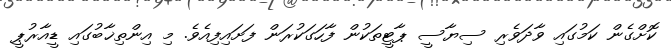
ކޮށްގެން ކަމުގައި ވާދަވެރި ސިޔާސީ ޕާޓީތަކުން ފާހަގަކުރަން ފަށައިފިއެވެ. މި އިންތިޚާބުގައި ޑީއާރުޕީ